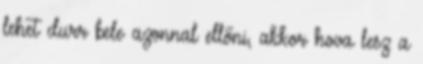
lehet durr bele azonnal ellőni, akkor hova lesz a